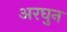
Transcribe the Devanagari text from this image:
अरघुन